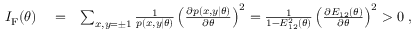
\begin{array} { r l r } { I _ { \mathrm { F } } ( \theta ) } & { { } = } & { \sum _ { x , y = \pm 1 } \frac { 1 } { p ( x , y | \theta ) } \left( \frac { \partial p ( x , y | \theta ) } { \partial \theta } \right) ^ { 2 } = \frac { 1 } { 1 - E _ { 1 2 } ^ { 2 } ( \theta ) } \left( \frac { \partial E _ { 1 2 } ( \theta ) } { \partial \theta } \right) ^ { 2 } > 0 \; , } \end{array}